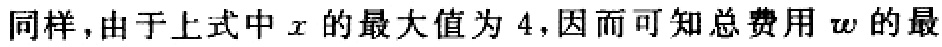
同样，由于上式中\(x\)的最大值为\(4\)，因而可知总费用\(w\)的最